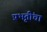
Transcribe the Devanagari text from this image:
प्रभृतींचा